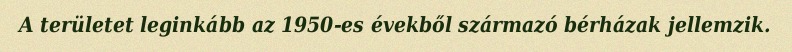
A területet leginkább az 1950-es évekből származó bérházak jellemzik.